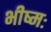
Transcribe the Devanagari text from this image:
भीष्मः